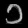
Digit: ၁